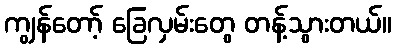
ကျွန်တော့် ခြေလှမ်းတွေ တန့်သွားတယ်။